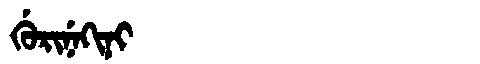
Manchu: ᡤᡠᡵᡳᠨᡝᡴᡳᠨᡳ
Romanization: GURINEKINI